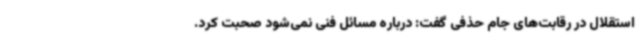
استقلال در رقابت‌های جام حذفی گفت: درباره مسائل فنی نمی‌شود صحبت کرد.